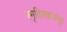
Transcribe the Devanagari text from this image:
स्मृतिसहायभूत